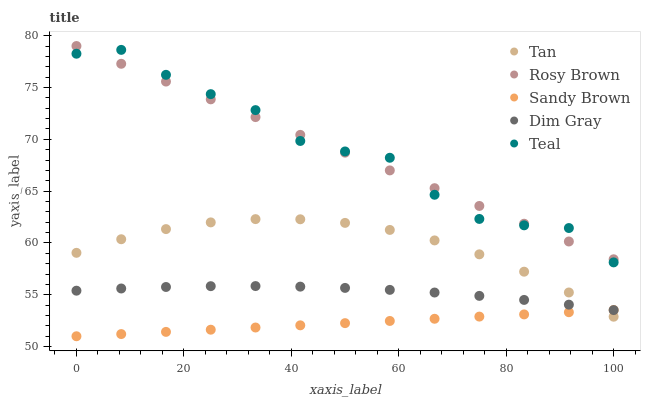
| xaxis_label | Tan | Rosy Brown | Sandy Brown | Dim Gray | Teal |
 | --- | --- | --- | --- | --- | --- |
 | 0 | 59 | 79 | 51 | 55.4 | 78.3 |
 | 8.33 | 60.4 | 77.3 | 51.2 | 55.6 | 78.6 |
 | 16.7 | 61.3 | 75.6 | 51.4 | 55.8 | 76.2 |
 | 25 | 62 | 73.9 | 51.6 | 55.8 | 74.4 |
 | 33.3 | 62.3 | 72.1 | 51.8 | 55.8 | 72.8 |
 | 41.7 | 62.3 | 70.4 | 52.1 | 55.8 | 69.8 |
 | 50 | 61.9 | 68.7 | 52.3 | 55.7 | 68.8 |
 | 58.3 | 61.3 | 67 | 52.5 | 55.5 | 68.2 |
 | 66.7 | 60.2 | 65.3 | 52.7 | 55.2 | 64.6 |
 | 75 | 58.9 | 63.6 | 52.9 | 54.9 | 62.3 |
 | 83.3 | 57.2 | 61.9 | 53.1 | 54.5 | 61.7 |
 | 91.7 | 55.2 | 60.1 | 53.3 | 54 | 61.4 |
 | 100 | 52.9 | 58.4 | 53.5 | 53.5 | 58.1 |